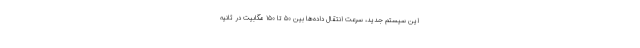
این سیستم جدید، سرعت انتقال داده‌ها بین ۵۰ تا ۱۵۰ مگابیت در ثانیه